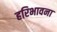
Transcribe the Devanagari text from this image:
हरिभावना